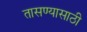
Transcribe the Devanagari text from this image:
तासण्यासाठी